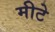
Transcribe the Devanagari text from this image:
मीटे